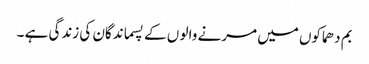
بم دھماکوں میں مرنے والو ں کے پسماندگان کی زندگی ہے ۔